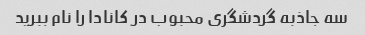
سه جاذبه گردشگری محبوب در کانادا را نام ببرید